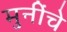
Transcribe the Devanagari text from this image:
मुनींचे